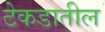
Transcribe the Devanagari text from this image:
टेकडातील